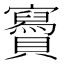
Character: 𧸹